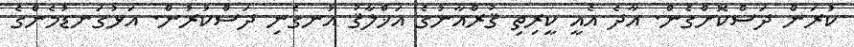
ކުރަން ދަސްކޮށްގެން. އާދެ އެއީ ކީރިތި ޤުރްއާނުގެ އަޚްލާޤު އުނގެނި ދަސްކުރުން. އަޅުގަނޑުމެންގެ